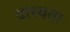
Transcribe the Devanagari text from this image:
दास्यता